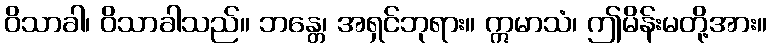
ဝိသာခါ၊ ဝိသာခါသည်။ ဘန္တေ၊ အရှင်ဘုရား။ ဣမာသံ၊ ဤမိန်းမတို့အား။